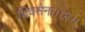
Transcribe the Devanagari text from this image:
शिवसेना।।२।।